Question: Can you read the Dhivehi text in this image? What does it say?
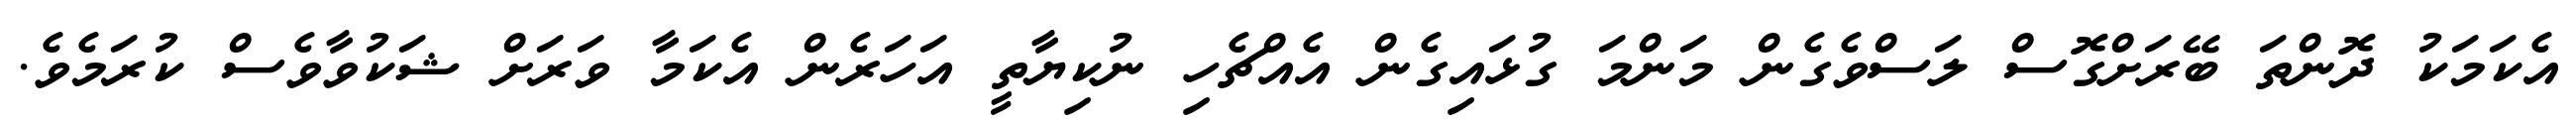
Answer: އެކަމަކު ދޮންތަ ބޭރަށްގޮސް ލަސްވެގެން މަންމަ ގުޅައިގެން އެއްޗެހި ނުކިޔާތީ އަހަރެން އެކަމާ ވަރަށް ޝަކުވާވެސް ކުރަމެވެ.